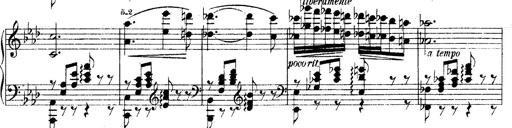
Title: O du mein holder Abendstern
Composer: Franz Liszt